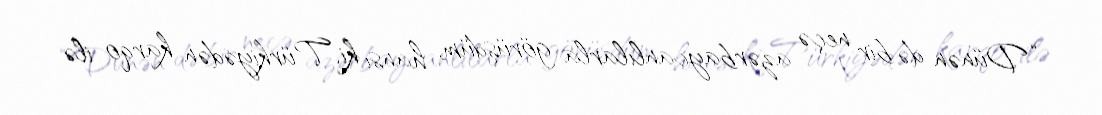
“Dünən də bir neçə azərbaycanlılarla görüşdüm, hansı ki, Türkiyədən karqo ilə